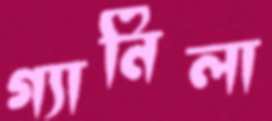
গ্যানিলা